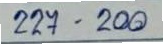
227 - 200